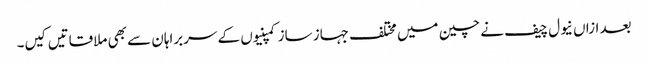
بعد ازاں نیول چیف نے چین میں مختلف جہاز ساز کمپنیوں کے سربراہان سے بھی ملاقاتیں کیں۔